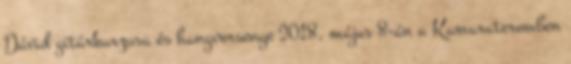
Dávid gitárkurzusa és hangversenye 2018. május 8-án a Kamarateremben